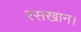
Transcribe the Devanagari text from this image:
रसखान।